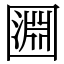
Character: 㘤